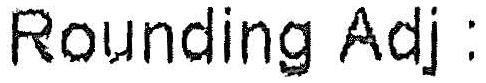
ROUNDING ADJ :